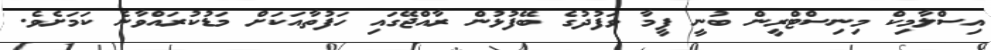
އިސްލާމިކް މިނިސްޓްރީން ބުނީ ފީމާ ވަފުދުގެ ބޭފުޅުން ރާއްޖޭގައި ހަފުތާއަކަށް މަޑުކުރައްވާނެ ކަމަށެވެ.